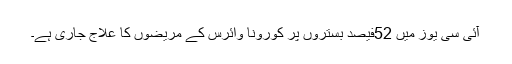
آئی سی یوز میں 52فیصد بستروں پر کورونا وائرس کے مریضوں کا علاج جاری ہے۔